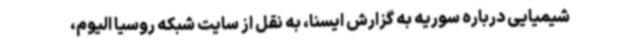
شیمیایی درباره سوریه به گزارش ایسنا، به نقل از سایت شبکه روسیا الیوم،